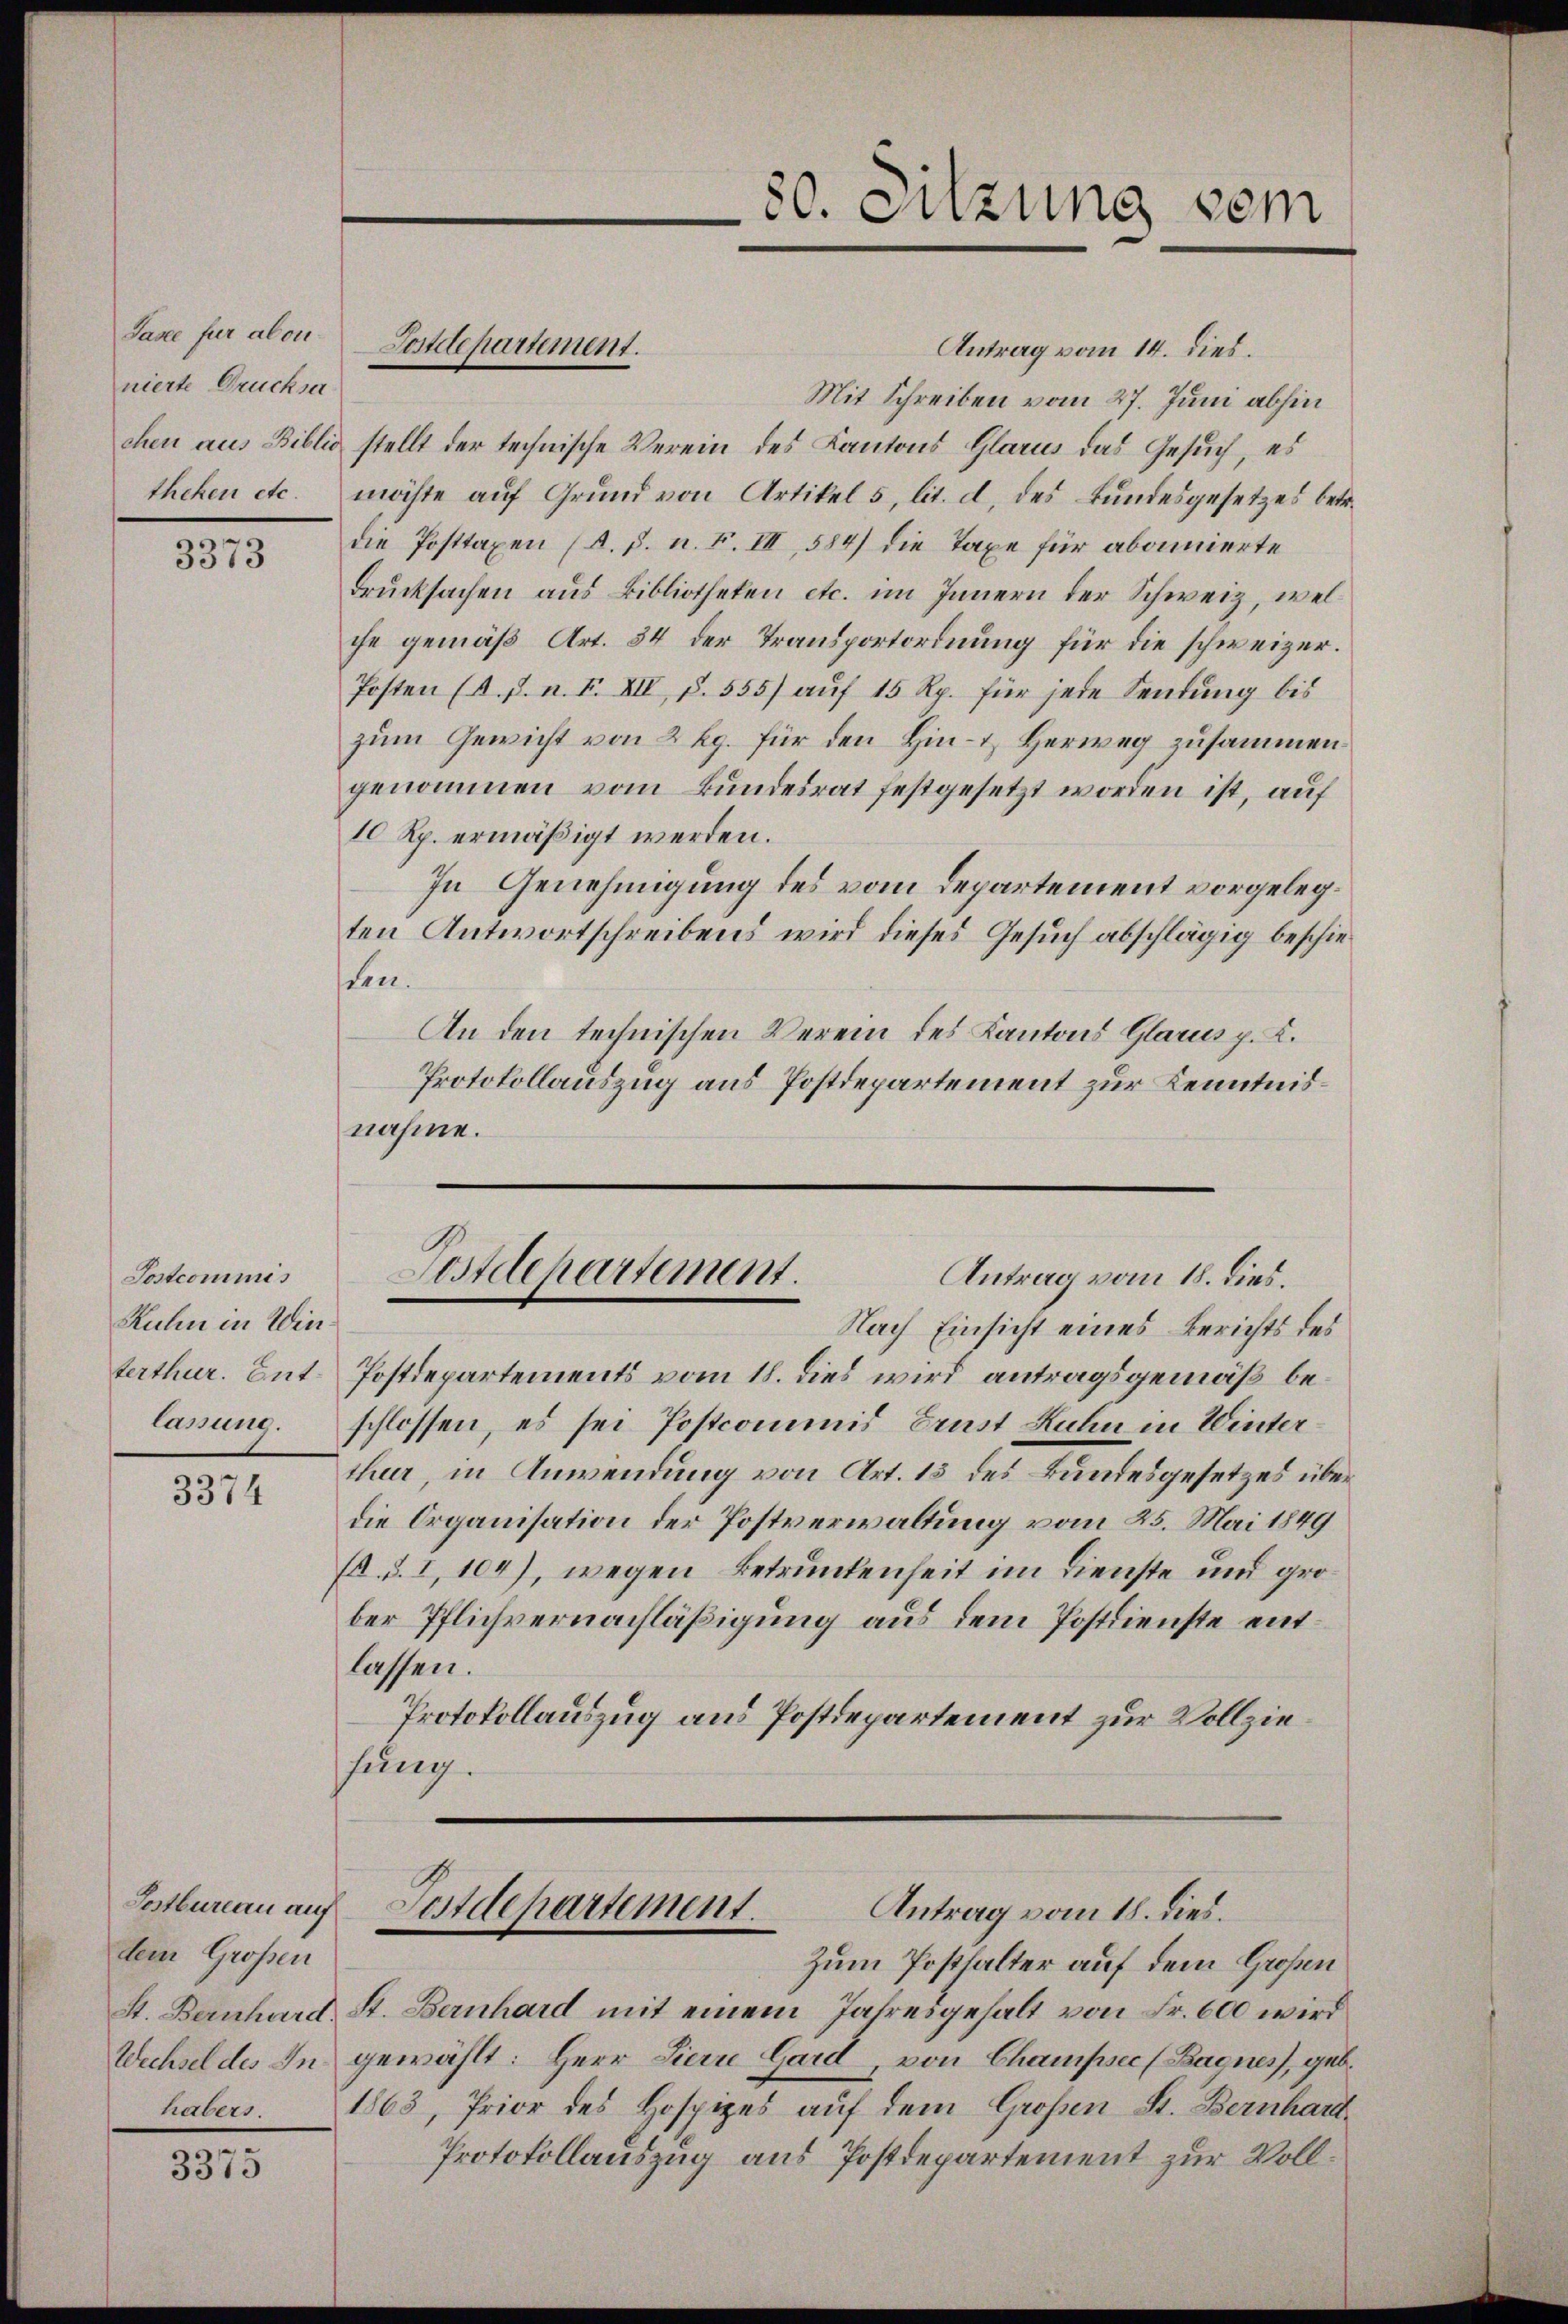
Jasee für abonnierte Drucksa

3373

Postcommis
Ruln in Winlassung.

3374

dem Großen
habers.

3375

Antrag vom 14. dies.
Mit Schreiben vom 27. Juni abhin
chen aus Biblio stellt der technische Verein des Kantons Glarus das Gesuch, es
theken etc. möchte auf Grund von Artikel 5 lit. d. des Bundesgesetzes betr.
die Posttaxen (A. p. n. F. III, 584) die Taxe für abonnierte
Drucksachen aus Bibliotheken etc. im Innern der Schweiz, welche gemäß Art. 34 der Transportordnung für die schweizer¬
Posten (d. h. n. F. XII, S. 555) auf 15 Rp. für jede Sendung bis
zum Gewicht von 2 kg. für den Hin- & Herweg zusammengenommen vom Bundesrat festgesetzt worden ist, auf
10 Rp. ermäßigt werden.
In Genehmigung des vom Departement vorgelegten Antwortschreibens wird dieses Gesuch abschlägig beschieden.
An den technischen Verein des Kantons Glarus p. K.
Protokollauszug aus Postdepartement zur Kenntnisnahme.

Postdepartement.

30. Sitzung vom

Nach Einsicht eines Berichts des
terthur. Ant. Postdepartements vom 18. dies wird antragsgemäß beschlossen, es sei Postcommis Brust Ruhn in Winterthur, in Anwendung von Art. 15 des Bundesgesetzes überdie Organisation der Postverwaltung vom 25. Mai 1849
(a. d. I, 104), wegen Betrunkenheit im Dienste und grober Pflichvernachläßigung aus dem Postdienste entlassen.
Protokollauszug aus Postdepartement zur Vollziesung.

Postdepartement.
Antrag vom 18. dies.

Sostbureau auf Festdepartement.
Antrag vom 18. dies.

Zum Posthalter auf dem Großen
St. Bernhard St. Bernhard mit einem Jahresgehalt von Fr. 600 wird
Wechsel des In gewählt: Herr Lierre Gard, von Champsec (Bagnes, geb.
1863, Prior des Hospizes auf dem Großen St. Bernhard
Protokollauszug aus Postdepartement zur Voll¬